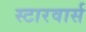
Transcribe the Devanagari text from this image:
स्टारवार्स